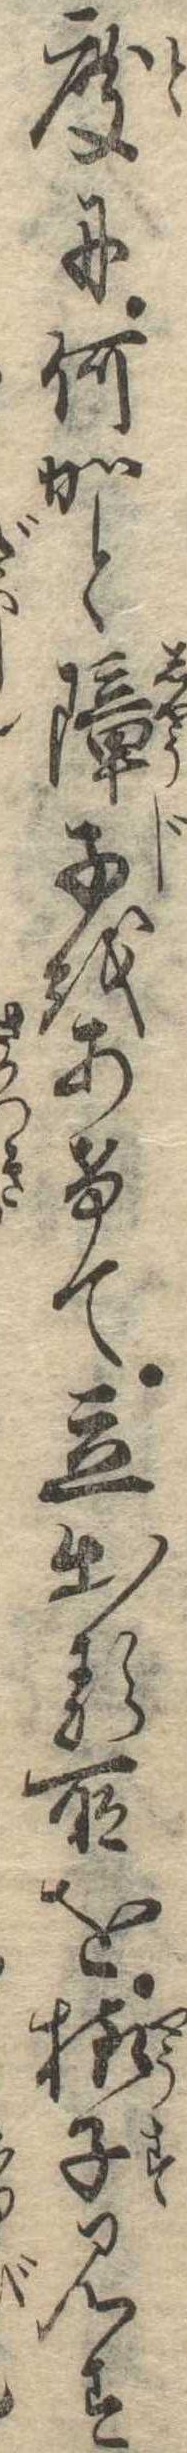
度に何かと障子をあけて立出る所を様子見す